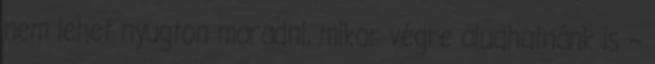
nem lehet nyugton maradni, mikor végre aludhatnánk is –